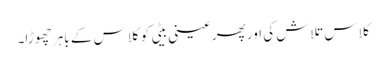
کلاس تلاش کی اور پھر عینی بیٹی کو کلاس کے باہر چھوڑا۔